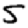
Digit: 5